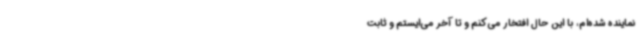
نماینده شده‌ام، با این حال افتخار می‌کنم و تا آخر می‌ایستم و ثابت